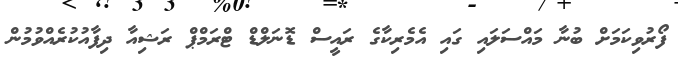
ފޯރުވިކަމަށް ބުނާ މައްސަލައި ގައި އެމެރިކާގެ ރައީސް ޑޮނަލްޑް ޓްރަމްޕް ރަޝިއާ ދިފާއުކުރެއްވުމުން